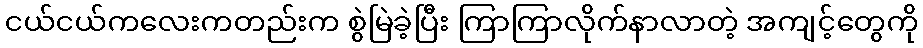
ငယ်ငယ်ကလေးကတည်းက စွဲမြဲခဲ့ပြီး ကြာကြာလိုက်နာလာတဲ့ အကျင့်တွေကို